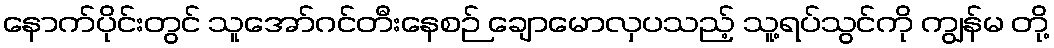
နောက်ပိုင်းတွင် သူအော်ဂင်တီးနေစဉ် ချောမောလှပသည့် သူ့ရပ်သွင်ကို ကျွန်မ တို့